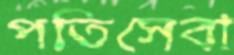
পতিসেবা